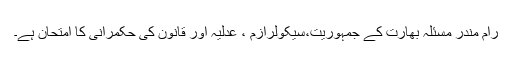
رام مندر مسئلہ بھارت کے جمہوریت،سیکولرازم ، عدلیہ اور قانون کی حکمرانی کا امتحان ہے۔